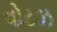
વોટઝ